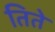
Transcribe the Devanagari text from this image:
तिते